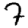
Digit: 7